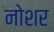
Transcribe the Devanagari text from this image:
नोशर